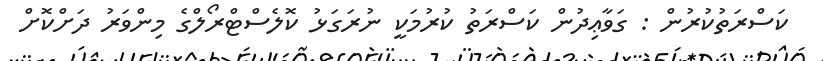
ކަސްރަތުކުރުން : ގަވާޢިދުން ކަސްރަތު ކުރުމަކީ ނުރަގަޅު ކޮލެސްޓްރޯލްގެ މިންވަރު ދަށްކޮށް